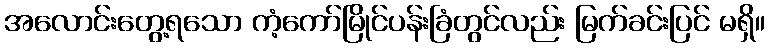
အလောင်းတွေ့ရသော ကံ့ကော်မြိုင်ပန်းခြံတွင်လည်း မြက်ခင်းပြင် မရှိ။